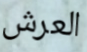
العرش